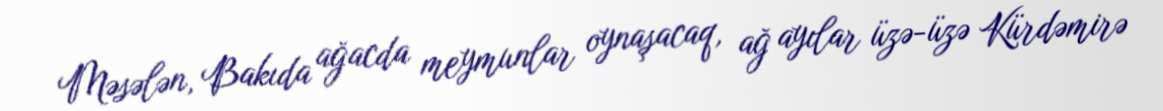
Məsələn, Bakıda ağacda meymunlar oynaşacaq, ağ ayılar üzə-üzə Kürdəmirə